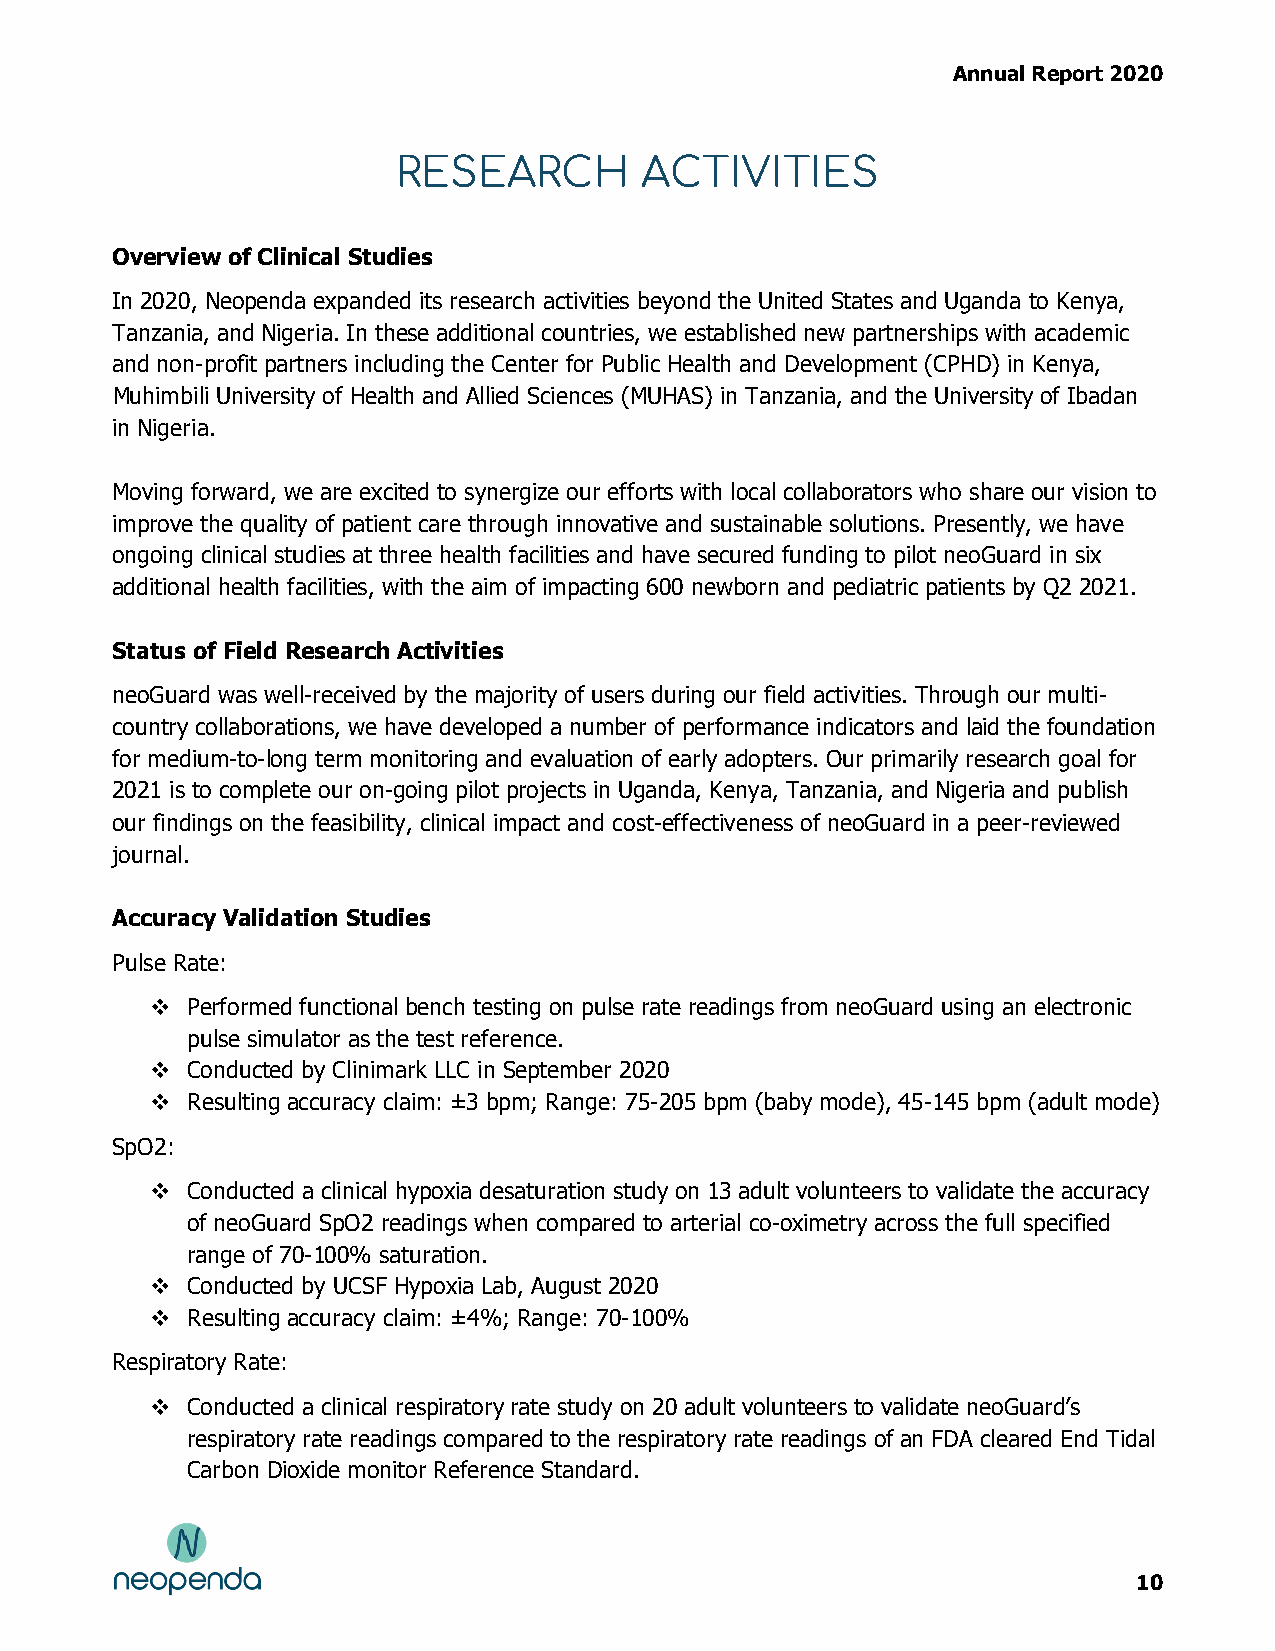
Annual Report 2020
 RESEARCH        ACTIVITIES
 Overview of Clinical Studies
 In 2020, Neopenda expanded its research activities beyond the United States and Uganda to Kenya,
 Tanzania, and Nigeria. In these additional countries, we established new partnerships with academic
 and non-profit partners including the Center for Public Health and Development (CPHD) in Kenya,
 Muhimbili University of Health and Allied Sciences (MUHAS) in Tanzania, and the University of Ibadan
 in Nigeria.
 Moving forward, we are excited to synergize our efforts with local collaborators who share our vision to
 improve the quality of patient care through innovative and sustainable solutions. Presently, we have
 ongoing clinical studies at three health facilities and have secured funding to pilot neoGuard in six
 additional health facilities, with the aim of impacting 600 newborn and pediatric patients by Q2 2021.
 Status of Field Research Activities
 neoGuard was well-received by the majority of users during our field activities. Through our multi-
 country collaborations, we have developed a number of performance indicators and laid the foundation
 for medium-to-long term monitoring and evaluation of early adopters. Our primarily research goal for
 2021 is to complete our on-going pilot projects in Uganda, Kenya, Tanzania, and Nigeria and publish
 our findings on the feasibility, clinical impact and cost-effectiveness of neoGuard in a peer-reviewed
 journal.
 Accuracy Validation Studies
 Pulse Rate:
  Performed functional bench testing on pulse rate readings from neoGuard using an electronic
 pulse simulator as the test reference.
  Conducted by Clinimark LLC in September 2020
  Resulting accuracy claim: ±3 bpm; Range: 75-205 bpm (baby mode), 45-145 bpm (adult mode)
 SpO2:
  Conducted a clinical hypoxia desaturation study on 13 adult volunteers to validate the accuracy
 of neoGuard SpO2 readings when compared to arterial co-oximetry across the full specified
 range of 70-100% saturation.
  Conducted by UCSF Hypoxia Lab, August 2020
  Resulting accuracy claim: ±4%; Range: 70-100%
 Respiratory Rate:
  Conducted a clinical respiratory rate study on 20 adult volunteers to validate neoGuard’s
 respiratory rate readings compared to the respiratory rate readings of an FDA cleared End Tidal
 Carbon Dioxide monitor Reference Standard.
 10